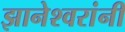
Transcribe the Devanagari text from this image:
झानेश्वरांनी